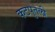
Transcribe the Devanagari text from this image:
कटपुतली